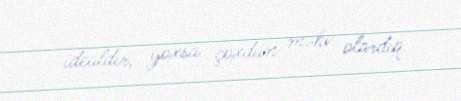
idealdır, yoxsa çoxdan məhv olardıq.